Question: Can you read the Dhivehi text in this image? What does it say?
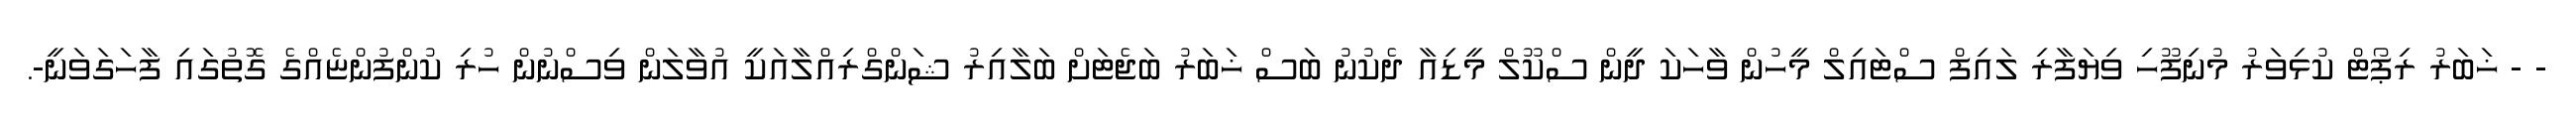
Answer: - - ޚަބަރު ރިޕޯޓް ކުޅިވަރު މުނިފޫހި ވިޔަފާރި ލައިފް ސްޓައިލް މީހުން ވާހަކަ ދީން ސްކޫލް މީޑިއާ ދެކުނު ބަސް ޚަބަރު ބަޖެޓަށް ބަލާއިރު ޝަންގްރިއްލާއަކީ އުވާލަން ވިސްނުން ހުރި ކުންފުންޏެއްގެ ގޮތުގައި ފާހަގަވަނީ-.